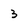
Character: 3